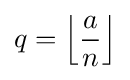
q=\left\lfloor {\frac {a}{n}}\right\rfloor